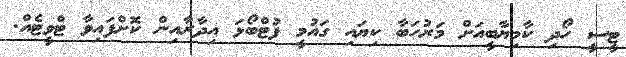
ޓީސީ ހޯދި ކާމިޔާބީއަށް މަރުހަބާ ކިޔައި ގައުމީ ފުޓްބޯޅަ އިދާރާއިން ކޮށްފައިވާ ޓްވީޓެއް.